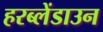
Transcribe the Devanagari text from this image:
हरब्लेंडाउन